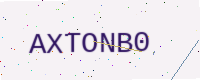
Text: AXTONB0